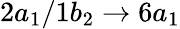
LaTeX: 2a_{1}/1b_{2}\rightarrow 6a_{1}